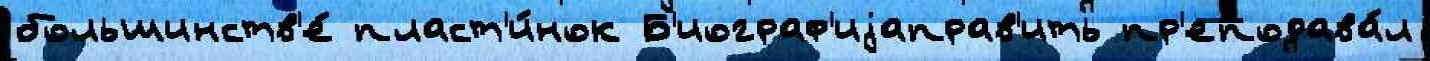
большинств'е́ пласт'и́нок Б'иограф'иjаправ'ить пр'еподава́л